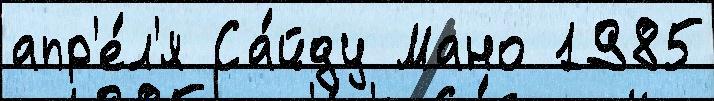
апр'е́л'я Са́йду Мано 1985